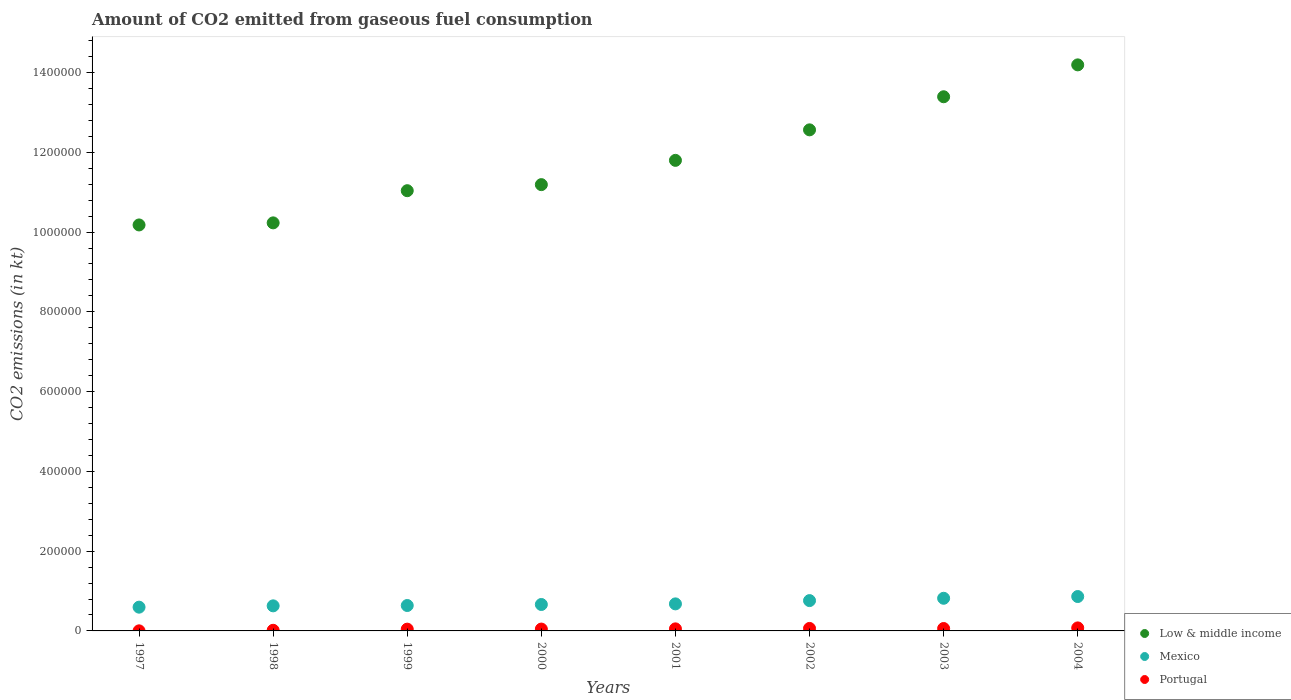
| Years | Low & middle income | Mexico | Portugal |
 | --- | --- | --- | --- |
 | 1997 | 1.02e+06 | 5.96e+04 | 198 |
 | 1998 | 1.02e+06 | 6.29e+04 | 1.6e+03 |
 | 1999 | 1.1e+06 | 6.37e+04 | 4.46e+03 |
 | 2000 | 1.12e+06 | 6.63e+04 | 4.66e+03 |
 | 2001 | 1.18e+06 | 6.78e+04 | 5.16e+03 |
 | 2002 | 1.26e+06 | 7.6e+04 | 6.25e+03 |
 | 2003 | 1.34e+06 | 8.18e+04 | 6.04e+03 |
 | 2004 | 1.42e+06 | 8.62e+04 | 7.57e+03 |